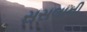
સસલાની